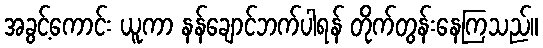
အခွင့်ကောင်း ယူကာ နန်ချောင်ဘက်ပါရန် တိုက်တွန်းနေကြသည်။